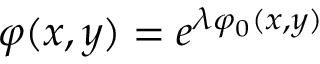
\varphi ( x , y ) = e ^ { \lambda \varphi _ { 0 } ( x , y ) }